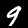
Label: 9